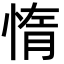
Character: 惰